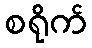
စရိုက်